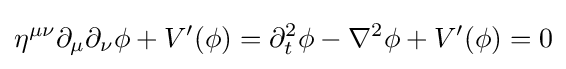
\eta ^{\mu \nu }\partial _{\mu }\partial _{\nu }\phi +V'(\phi )=\partial _{t}^{2}\phi -\nabla ^{2}\phi +V'(\phi )=0